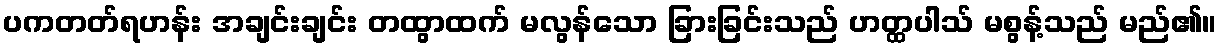
ပကတတ်ရဟန်း အချင်းချင်း တထွာထက် မလွန်သော ခြားခြင်းသည် ဟတ္ထပါသ် မစွန့်သည် မည်၏။